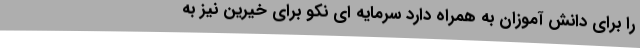
را برای دانش آموزان به همراه دارد سرمایه ای نکو برای خیرین نیز به